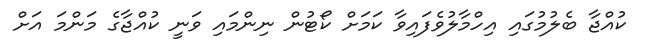
ކުއްޖާ ބެލުމުގައި އިހްމާލުވެފައިވާ ކަމަށް ކޯޓުން ނިންމައި ވަނީ ކުއްޖާގެ މަންމަ އަށް